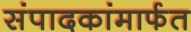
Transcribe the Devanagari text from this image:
संपादकांमार्फत